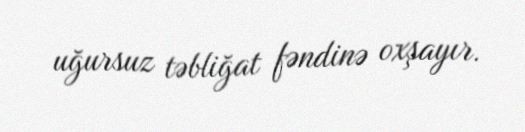
uğursuz təbliğat fəndinə oxşayır.